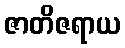
ဇာတိဇရာယ